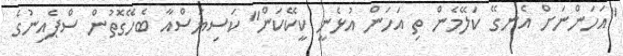
"އަހަންނަށް އެނގޭ ކަލޭމެން ތި އަހަން އުޅެނީ ކީކޭކަން" ކަސިޔަސްއާ ބެހޭގޮތުން ސްޕެއިނުގެ